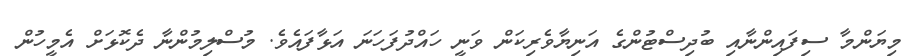
މިޔަންމާ ސިފައިންނާއި ބުދިސްޓުންގެ އަނިޔާވެރިކަން ވަނީ ހައްދުފަހަނަ އަޅާފައެވެ. މުސްލިމުންނާ ދެކޮޅަށް އެމީހުން